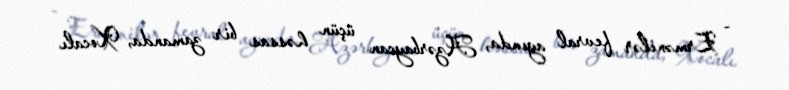
- Ermənilər fevral ayında, Azərbaycan üçün həssas bir zamanda, Xocalı